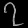
Digit: ၇